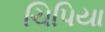
ચિપિયા